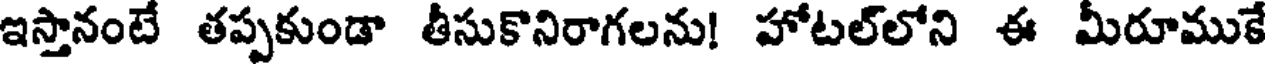
ఇస్తానంటే తప్పకుండా తీసుకొనిరాగలను! హోటల్లోని ఈ మీరూముకే